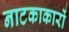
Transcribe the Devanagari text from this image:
नाटकाकारों